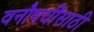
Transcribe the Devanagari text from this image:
वनौषधींसाठी